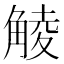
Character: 𧤁